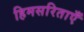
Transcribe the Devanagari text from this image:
हिमसरिताएँ